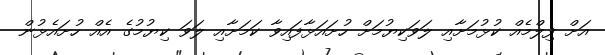
އަށް ފިލްމެއް ކުޅުމަށާއި ލަވަކިޔުމަށް ހުށައަޅާފައިވާ ކަމަށާއި ލަވަ ކިޔުމުގެ އެއް ހުށައެޅުން